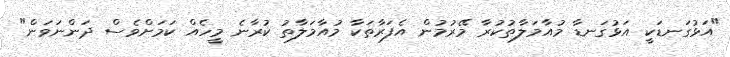
"އަޅުގަނޑަކީ އަޅުގަނޑާ މުއާމަލާތުކުރާ މޭރުމުން އެފަރާތަކާ މުއާމަލާތު ކުރާނެ މީހެއް ކަމަށްވެސް ދަންނަވަން"